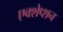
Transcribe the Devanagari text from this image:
एक्शेप्शन